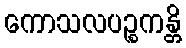
ကောသလပဉ္စကန္တိ